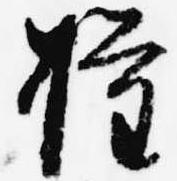
権